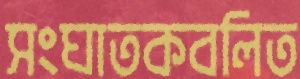
সংঘাতকবলিত